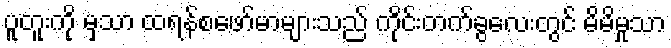
ပူတူးကို မှသာ ထရန်စဖော်မာများသည် ကိုင်းတက်ခွလေးတွင် မိမိမှုသာ